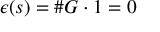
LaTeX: \epsilon ( s ) = \# G \cdot 1 = 0